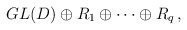
\begin{align*}GL(D)\oplus R_1\oplus\dots \oplus R_q\, ,\end{align*}